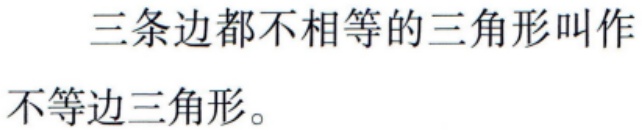
三条边都不相等的三角形叫作不等边三角形。